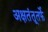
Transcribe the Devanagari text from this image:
अक्षतंतूतर्फे